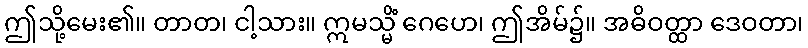
ဤသို့မေး၏။ တာတ၊ ငါ့သား။ ဣမသ္မိံ ဂေဟေ၊ ဤအိမ်၌။ အဓိဝတ္ထာ ဒေဝတာ၊